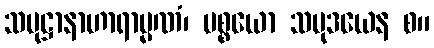
သမုဋ္ဌာနာဟာရာမ္မဏံ၊ ပစ္စယော သမုဒယေန စ။